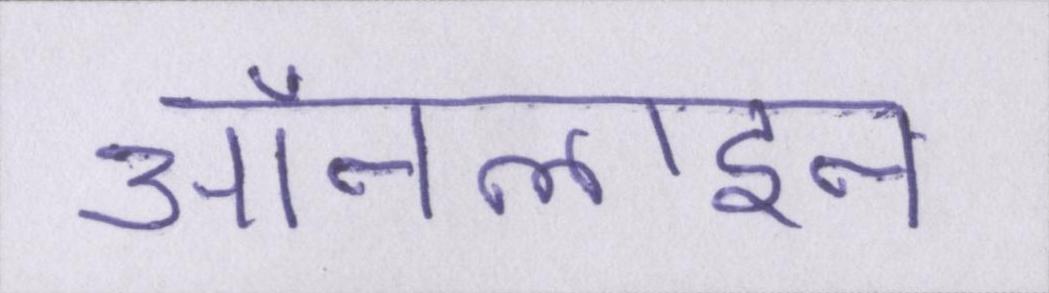
ऑनलाइन